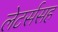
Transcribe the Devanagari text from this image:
लेटर्ससह